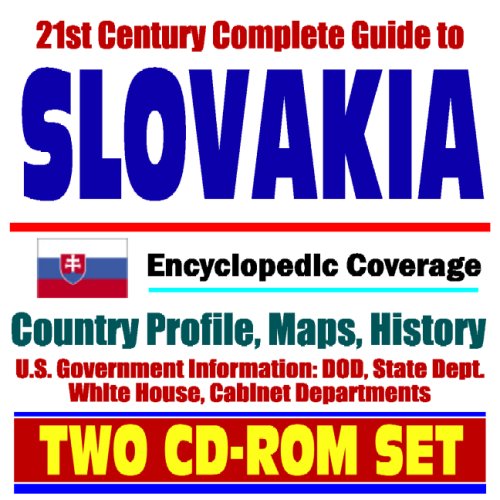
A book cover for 21st Century Complete Guide to Slovakia (Slovak Republic) - Encyclopedic Coverage, Country Profile, History, DOD, State Dept., White House, CIA Factbook (Two CD-ROM Set); U.S. Government; Travel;